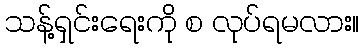
သန့်ရှင်းရေးကို စ လုပ်ရမလား။